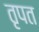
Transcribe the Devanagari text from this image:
तृपत